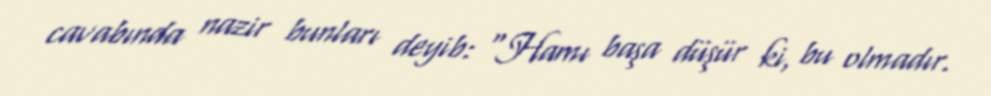
cavabında nazir bunları deyib: “Hamı başa düşür ki, bu olmadır.